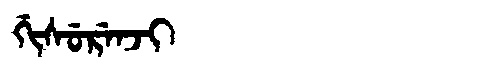
Manchu: ᡤᡳᠰᡠᡵᡝᠨᠵᡳ
Romanization: GISURENJI